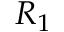
R _ { 1 }